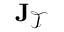
{ \bf J } _ { \mathcal { T } }